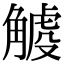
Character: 𧤧